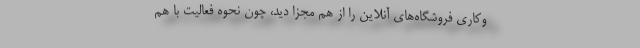
‌وکاری فروشگاه‌های آنلاین را از هم مجزا دید، چون نحوه فعالیت با هم